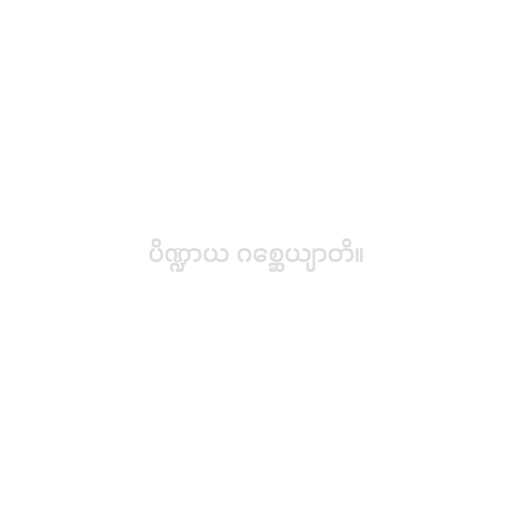
ပိဏ္ဍာယ ဂစ္ဆေယျာတိ။